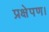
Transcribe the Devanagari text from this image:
प्रक्षेपण।